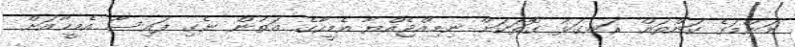
މަންމަގެ ކަންތައް ރަނގަޅު ގޮތަކަށް ނިމިއްޖެއްޔާ އެމީހާގެ އަތުން ނެގި ފައިސާ އެމީހާއަށް